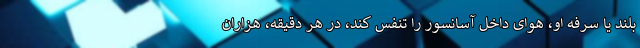
بلند یا سرفه او، هوای داخل آسانسور را تنفس کند، در هر دقیقه، هزاران